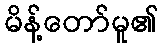
မိန့်တော်မူ၏